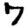
Digit: 7